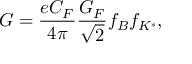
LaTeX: G = { \frac { e C _ { F } } { 4 \pi } } { \frac { G _ { F } } { \sqrt 2 } } f _ { B } f _ { K ^ { * } } ,